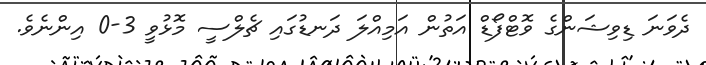
ދެވަނަ ޑިވިޝަންގެ ވޮޓްފޯޑް އަތުން އަމިއްލަ ދަނޑުގައި ޗެލްސީ މޮޅުވީ 3-0 އިންނެވެ.